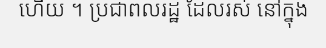
ហើយ ។ ប្រជាពលរដ្ឋ ដែលរស់ នៅក្នុង